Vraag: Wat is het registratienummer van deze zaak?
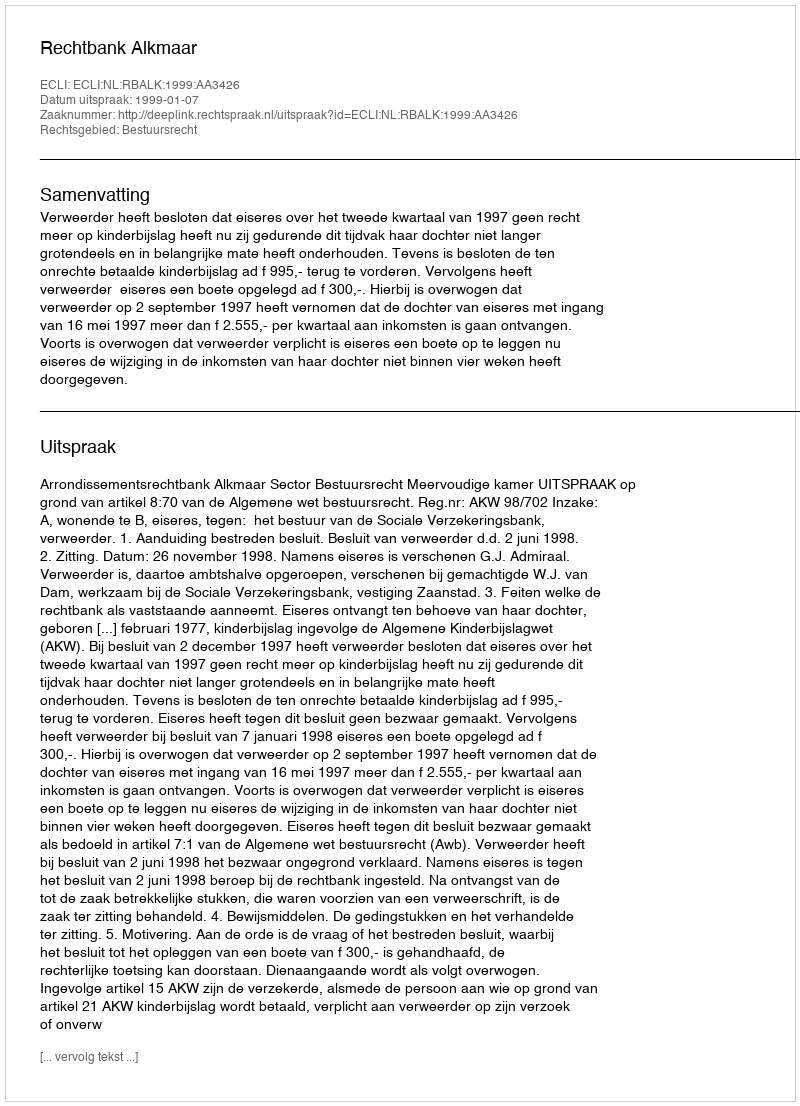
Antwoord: http://deeplink.rechtspraak.nl/uitspraak?id=ECLI:NL:RBALK:1999:AA3426